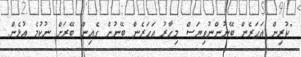
"ކުރިން އަހަރެން ބޭނުންނުވިޔަސް މިހާރު އަހަރެން ބޭނުން ގެއިން ބޭރަށް ނުކުމެ އުޅެން.